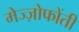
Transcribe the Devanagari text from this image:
मेज्ज़ोफोंती